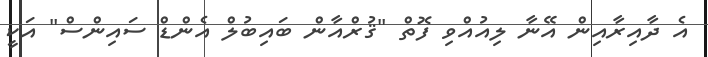
އެ ދާއިރާއިން އޭނާ ލިއުއްވި ފޮތް "ޤުރްއާން ބައިބުލް އެންޑް ސައިންސް" އަކީ